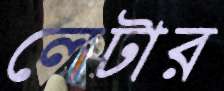
লেটার